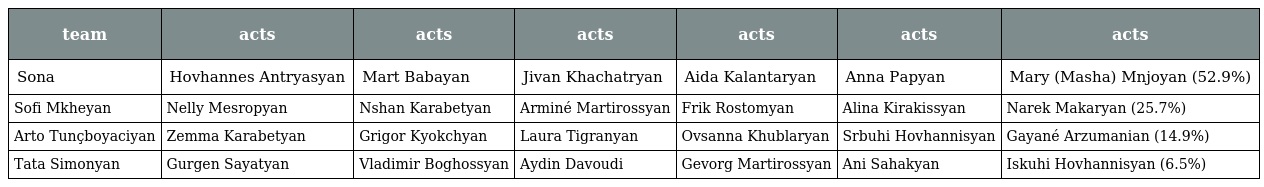
| team | acts | acts | acts | acts | acts | acts |
 | --- | --- | --- | --- | --- | --- | --- |
 | Sona | Hovhannes Antryasyan | Mart Babayan | Jivan Khachatryan | Aida Kalantaryan | Anna Papyan | Mary (Masha) Mnjoyan (52.9%) |
 | Sofi Mkheyan | Nelly Mesropyan | Nshan Karabetyan | Arminé Martirossyan | Frik Rostomyan | Alina Kirakissyan | Narek Makaryan (25.7%) |
 | Arto Tunçboyaciyan | Zemma Karabetyan | Grigor Kyokchyan | Laura Tigranyan | Ovsanna Khublaryan | Srbuhi Hovhannisyan | Gayané Arzumanian (14.9%) |
 | Tata Simonyan | Gurgen Sayatyan | Vladimir Boghossyan | Aydin Davoudi | Gevorg Martirossyan | Ani Sahakyan | Iskuhi Hovhannisyan (6.5%) |